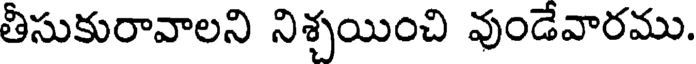
తీసుకురావాలని నిశ్చయించి వుండేవారము.